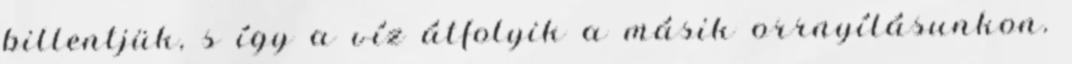
billentjük, s így a víz átfolyik a másik orrnyílásunkon.